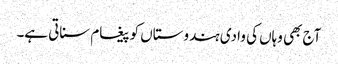
آج بھی وہاں کی وادی ہندوستاں کو پیغام سناتی ہے۔